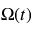
\Omega ( t )